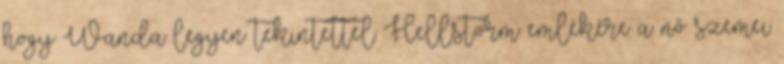
hogy Wanda legyen tekintettel Hellstorm emlékére a nő szemei